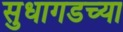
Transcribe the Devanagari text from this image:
सुधागडच्या